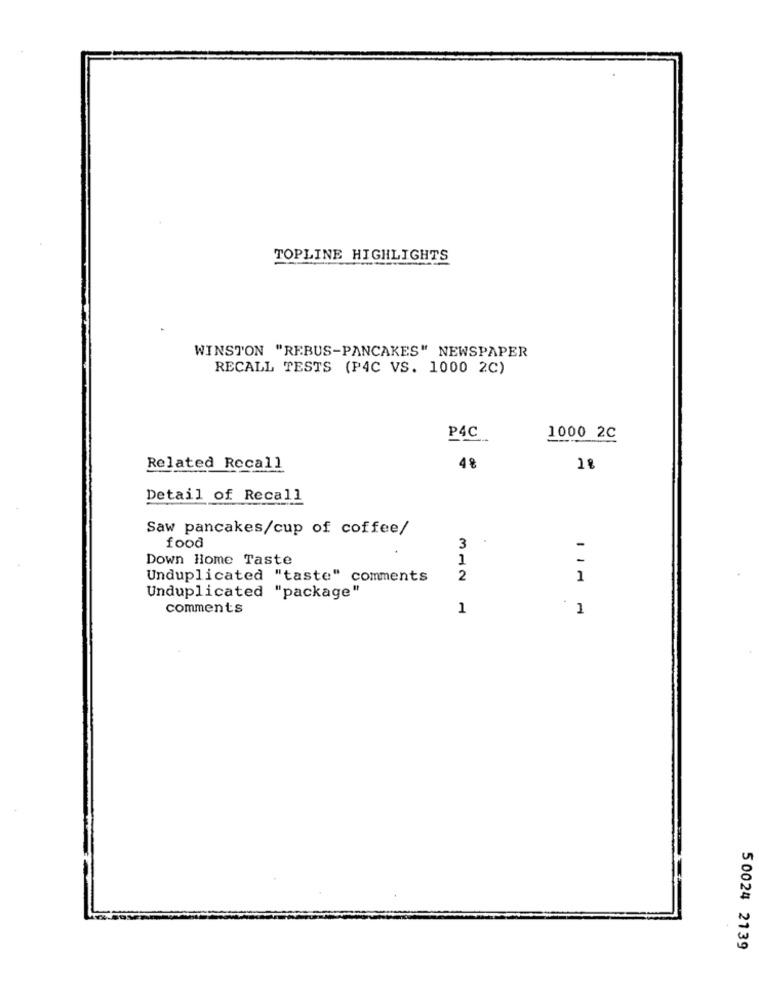
TOPLINE HIGHLIGHTS
WINSTON "REBUS-PANCAKES" NEWSPAPER
RECALL TESTS (P4C VS. 1000 2C)
P4C
1000 2C
Related Recall
4%
Detail of Recall
Saw pancakes/cup of coffee/
food
3
-
Down Home Taste
1
-
Unduplicated "taste" comments
2
1
Unduplicated "package"
comments
1
1
50024 2139